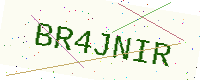
Text: BR4JNIR